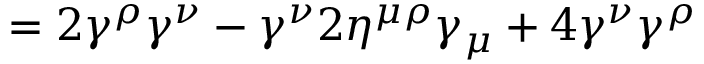
= 2 \gamma ^ { \rho } \gamma ^ { \nu } - \gamma ^ { \nu } 2 \eta ^ { \mu \rho } \gamma _ { \mu } + 4 \gamma ^ { \nu } \gamma ^ { \rho }